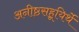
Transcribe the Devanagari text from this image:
अनीष्ठसहूयिर्थे